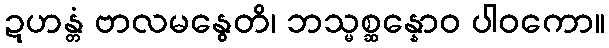
ဍဟန္တံ ဗာလမနွေတိ၊ ဘသ္မစ္ဆန္နောဝ ပါဝကော။